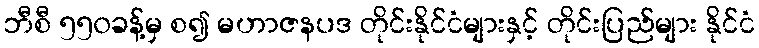
ဘီစီ ၅၅၀ခန့်မှ စ၍ မဟာဇနပဒ တိုင်းနိုင်ငံများနှင့် တိုင်းပြည်များ နိုင်ငံ